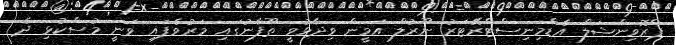
ޕްރޮވިންޝަލް އެޑްމިނިސްޓްރޭޓަރު ނޫރުލް އަމީން ވިދާޅުވީ ތޫފާނުގައި މަރުވެފައި ވަނީ މުސްކުޅި ދެ